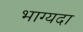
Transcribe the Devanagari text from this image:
भाग्यदा